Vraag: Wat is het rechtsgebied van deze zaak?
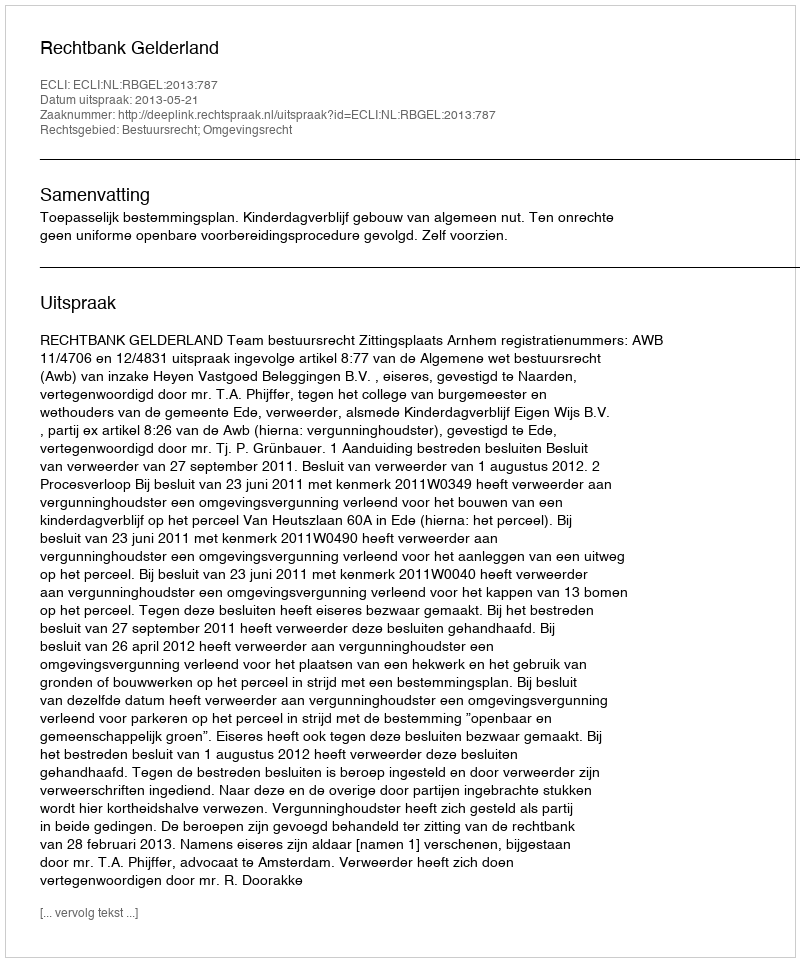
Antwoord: Bestuursrecht; Omgevingsrecht